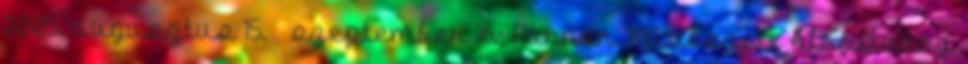
2005. augusztus 15. – szeptember 16.; Pannon Művészeti Alapítvány,